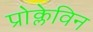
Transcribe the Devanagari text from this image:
प्रोक्लेविन